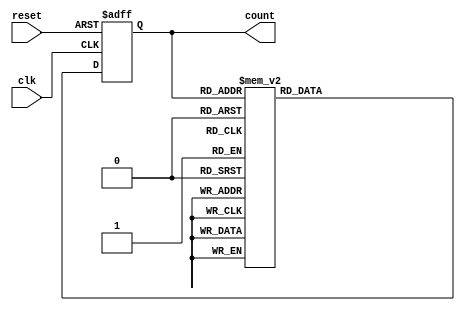
module Gray_Counter(
input wire clk,
input wire reset,
output reg [3:0] count
);

reg [3:0] current_state;
reg [3:0] next_state;

always @(posedge clk or posedge reset) begin
    if (reset) begin
        current_state <= 4'b0000;
    end else begin
        current_state <= next_state;
    end
end

always @(*) begin
    case(current_state)
        4'b0000: next_state = 4'b0001;
        4'b0001: next_state = 4'b0011;
        4'b0011: next_state = 4'b0010;
        4'b0010: next_state = 4'b0110;
        4'b0110: next_state = 4'b0100;
        4'b0100: next_state = 4'b0101;
        4'b0101: next_state = 4'b0111;
        4'b0111: next_state = 4'b1111;
        4'b1111: next_state = 4'b1110;
        4'b1110: next_state = 4'b1010;
        4'b1010: next_state = 4'b1011;
        4'b1011: next_state = 4'b1001;
        4'b1001: next_state = 4'b1000;
        4'b1000: next_state = 4'b0000;
        default: next_state = 4'b0000;
    endcase
end

assign count = current_state;

endmodule